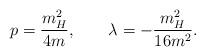
LaTeX: \begin{align*}p=\frac{m_H^2}{4m},\quad\quad\lambda=-\frac{m_H^2}{16m^2}.\end{align*}